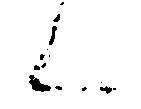
候